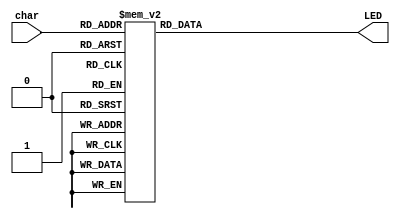
`timescale 1ns / 1ps
//////////////////////////////////////////////////////////////////////////////////
// Company: 
// Engineer: 
// 
// Design Name: 
// Module Name:    LEDdecoder 
// Project Name: 
// Target Devices: 
// Tool versions: 
// Description: 
//
// Dependencies: 
//
// Revision: 
// Revision 0.01 - File Created
// Additional Comments: 
//
//////////////////////////////////////////////////////////////////////////////////
module LEDdecoder(
    input [3:0] char,
    output reg [7:0] LED
    );
	 

always@(char)
begin
	case(char)
		4'b0000: LED = 8'b00000011; //0
		4'b0001: LED = 8'b10011111; //1
		4'b0010: LED = 8'b00100101; //2
		4'b0011: LED = 8'b00001101; //3
		4'b0100: LED = 8'b10011001; //4
		4'b0101: LED = 8'b01001001; //5
		4'b0110: LED = 8'b01100001; //6
		4'b0111: LED = 8'b00011111; //7
		4'b1000: LED = 8'b00000001; //8
		4'b1001: LED = 8'b00001001; //9
		4'b1010: LED = 8'b00000101; //A
		4'b1011: LED = 8'b11000001; //b
		4'b1100: LED = 8'b11100101; //c
		4'b1101: LED = 8'b10000101; //d
		4'b1110: LED = 8'b01100001; //E
		4'b1111: LED = 8'b01110001; //F
	endcase
end
endmodule